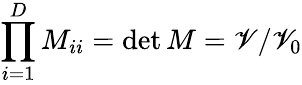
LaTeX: \prod_{i=1}^{D}M_{ii}=\operatorname*{det}M=\mathscr{V}/\mathscr{V}_{0}